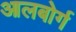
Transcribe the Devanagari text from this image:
आलबोर्ग